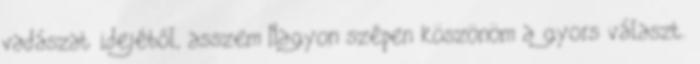
vadászat idejéből, asszem Nagyon szépen köszönöm a gyors választ.